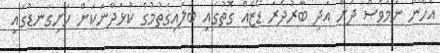
އެހެން ނަމަވެސް ދަށް އަދި ބާރުދެރަ ޑޯޒެއް ގޮތުގައި ބަލައިގަތުމުގެ ކުޅަދާނަކަން ހަށިގަނޑުގައި